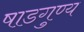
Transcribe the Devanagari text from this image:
षाडगुण्य